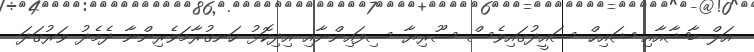
އަލް ބާޝާއާއި ޝައިޚް ސައީދުގައިވެސް ސޫރިޔާ ސިފައިންނާއި އިދިކޮޅު ހަނގުރާމަވެރިންނާ ދެމެދު ވަރުގަދަ